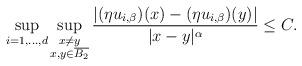
LaTeX: \begin{align*}\sup_{i=1,\dots,d} \sup_{\substack{x \neq y \\ x,y \in \overline{B_2}}} \frac{ |(\eta u_{i,\beta})(x)-(\eta u_{i,\beta})(y)|}{|x-y|^{\alpha}} \leq C.\end{align*}